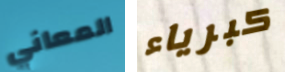
المعاني كبرياء